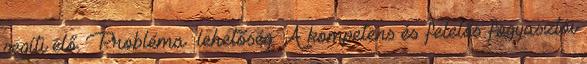
segíti elő. Probléma lehetőség ▪A kompetens és felelős fogyasztói